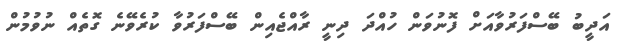
އަދީބު ބޭސްފަރުވާއަށް ފޮނުވަން ހުއްދަ ދިނީ ރާއްޖެއިން ބޭސްފަރުވާ ކުރެވޭނެ ގޮތެއް ނުވުމުން